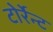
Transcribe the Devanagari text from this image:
टोर्रेन्ट